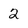
Character: 2